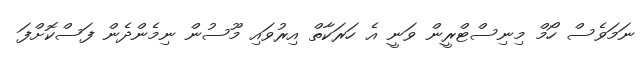
ނަމަވެސް ހޯމް މިނިސްޓްރީން ވަނީ އެ ހަރަކާތް އިރުވައި މޫސުން ނިމެންދެން ފަސްކޮށްފަ